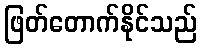
ဖြတ်တောက်နိုင်သည်